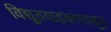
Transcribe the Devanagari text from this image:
विद्युतवाहकांपासून